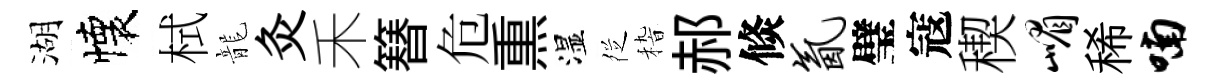
湖懐栻龍灸禾簮危𤋱湿徔𥟵郝倐氤璧寇稧嵋稀喃